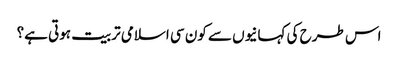
اس طرح کی کہانیوں سے کون سی اسلامی تربیت ہوتی ہے؟